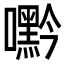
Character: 𭌘